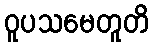
ဝူပသမေတူတိ